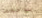
بوجهها